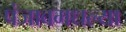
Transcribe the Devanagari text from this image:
पंजाबमधल्या